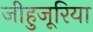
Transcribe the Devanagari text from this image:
जीहुजूरिया